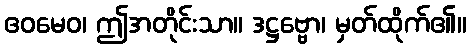
ဧဝမေဝ၊ ဤအတိုင်းသာ။ ဒဋ္ဌဗ္ဗော၊ မှတ်ထိုက်၏။